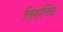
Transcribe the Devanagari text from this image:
तिरुच्चि